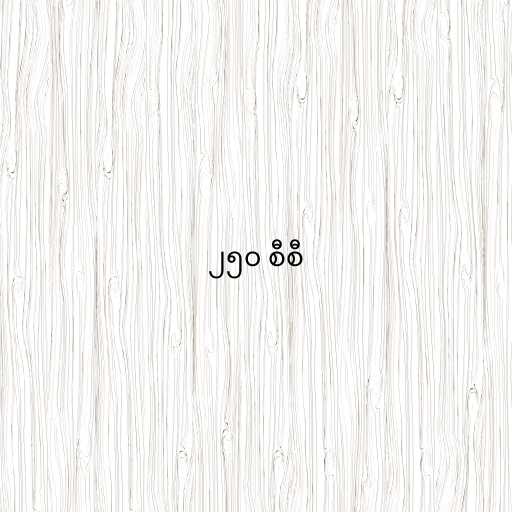
၂၅၀ စီစီ